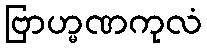
ဗြာဟ္မဏကုလံ